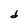
Character: d